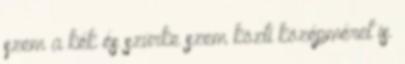
szem a kék és szürke szem közti középméret is.